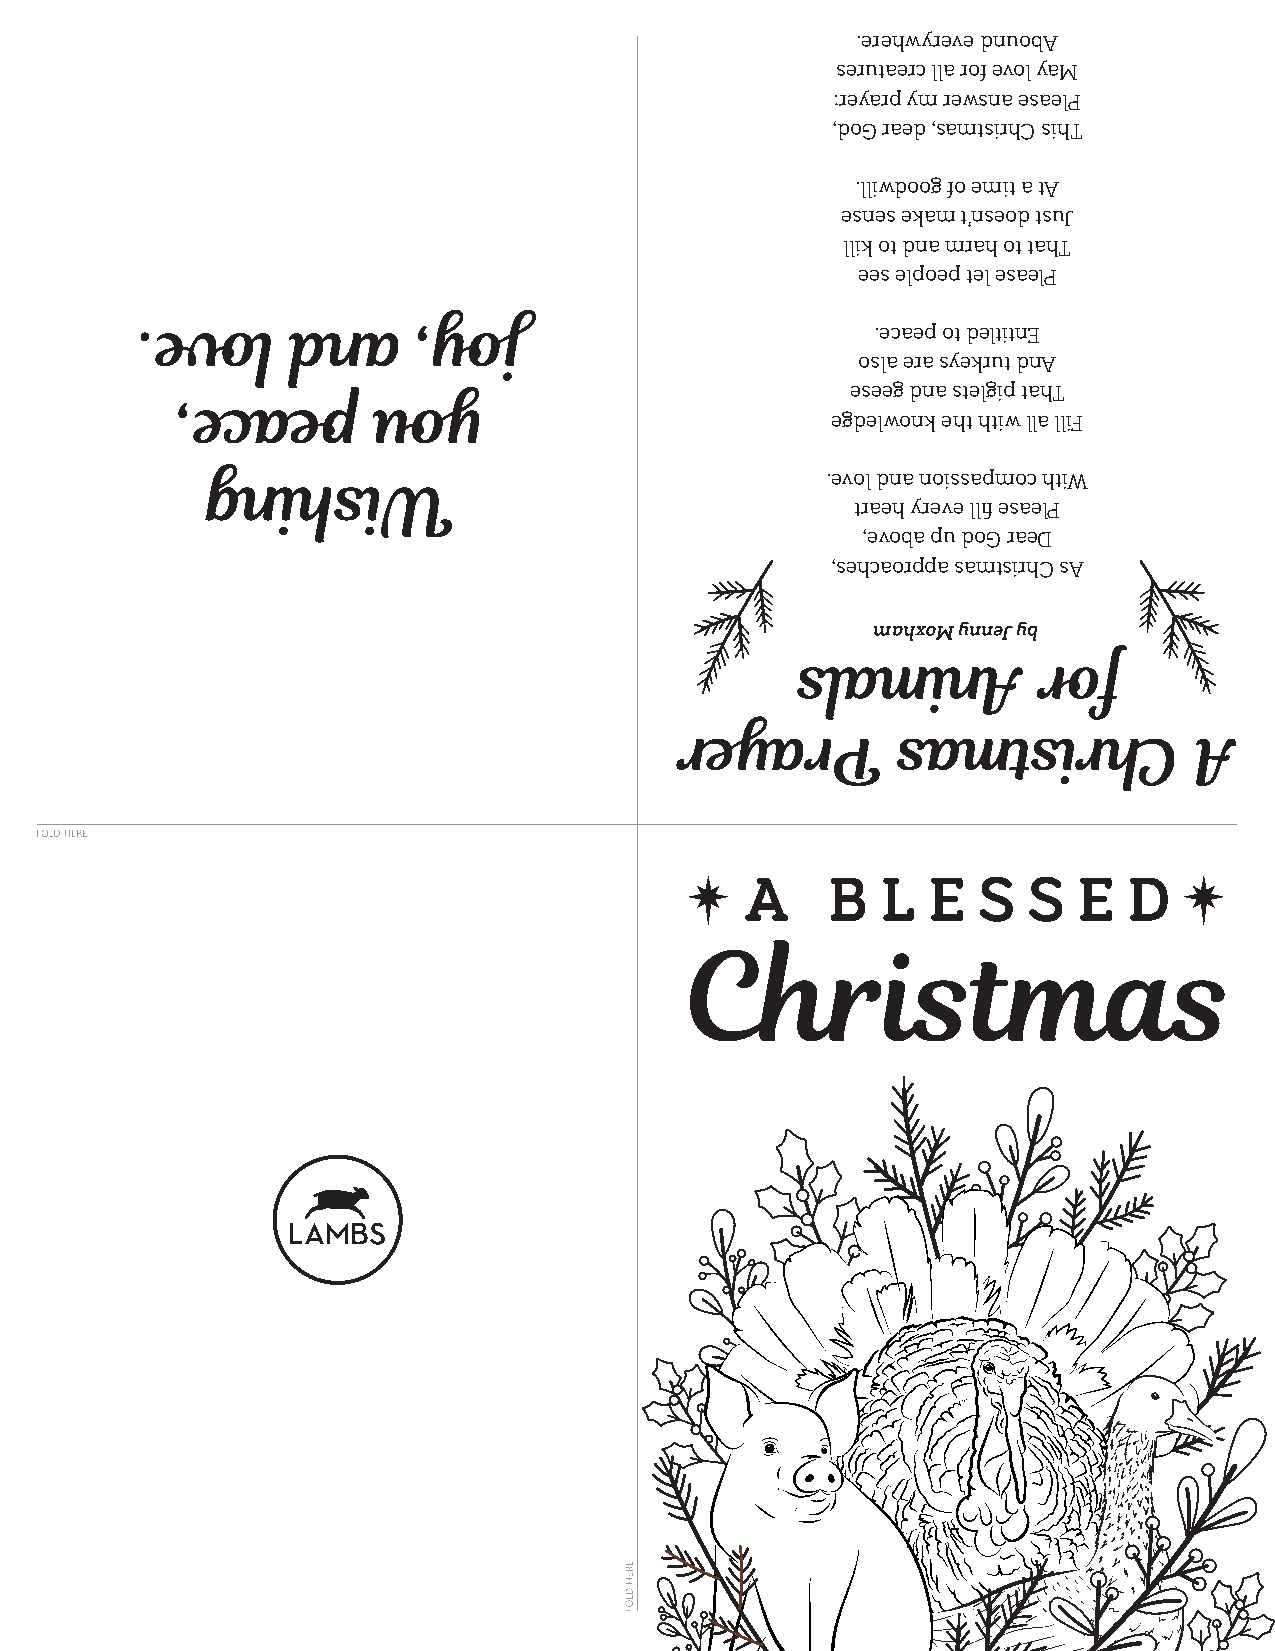
.erehwyreve dnuobA
 serutaerc lla rof evol yaM
 :reyarp ym rewsna esaelP
 ,doG raed ,samtsirhC sihT
 .lliwdoog fo emit a tA
 esnes ekam t’nseod tsuJ
 llik ot dna mrah ot tahT
 ees elpoep tel esaelP
 .evol     dna     ,yoj
 .ecaep ot deltitnE
 osla era syekrut dnA
 ,ecaep       uoy                             eseeg dna stelgip tahT
 egdelwonk eht htiw lla lliF
 gnihsiW                                   .evol dna noissapmoc htiW
 traeh yreve llfi esaelP
 ,evoba pu doG raeD
 ,sehcaorppa samtsirhC sA
 mahxoM ynneJ yb
 slaminA         rof
 reyarP        samtsirhC           A
 A     B  L  E   S  S  E   D
 Christmas